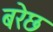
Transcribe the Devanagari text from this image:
बरेछ